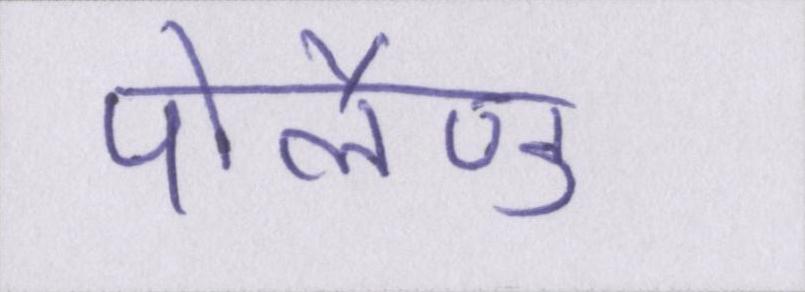
पोलैण्ड